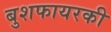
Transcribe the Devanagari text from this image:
बुशफायरकी